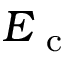
E _ { \mathrm { ~ c ~ } }